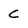
Character: C